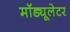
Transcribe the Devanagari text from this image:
मॉड्यूलेटर